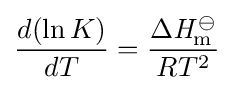
{\frac {d(\ln K)}{dT}}={\frac {\Delta {\mathit {H}}_{\mathrm {m} }^{\ominus }}{RT^{2}}}